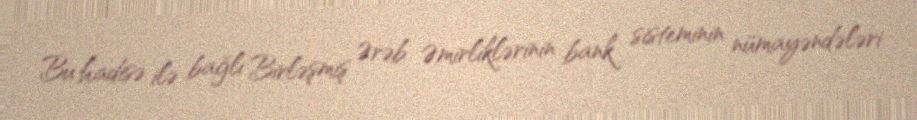
Bu hadisə ilə bağlı Birləşmiş Ərəb Əmirliklərinin bank sisteminin nümayəndələri